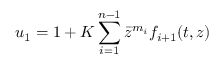
u _ { 1 } = 1 + K \sum _ { i = 1 } ^ { n - 1 } \bar { z } ^ { m _ { i } } f _ { i + 1 } ( t , z )